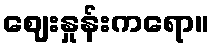
ဈေးနှုန်းကရော။